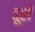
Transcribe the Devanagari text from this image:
ढूहों